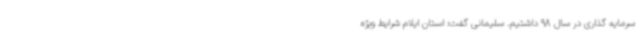
سرمایه گذاری در سال 98 داشتیم. سلیمانی گفت: استان ایلام شرایط ویژه